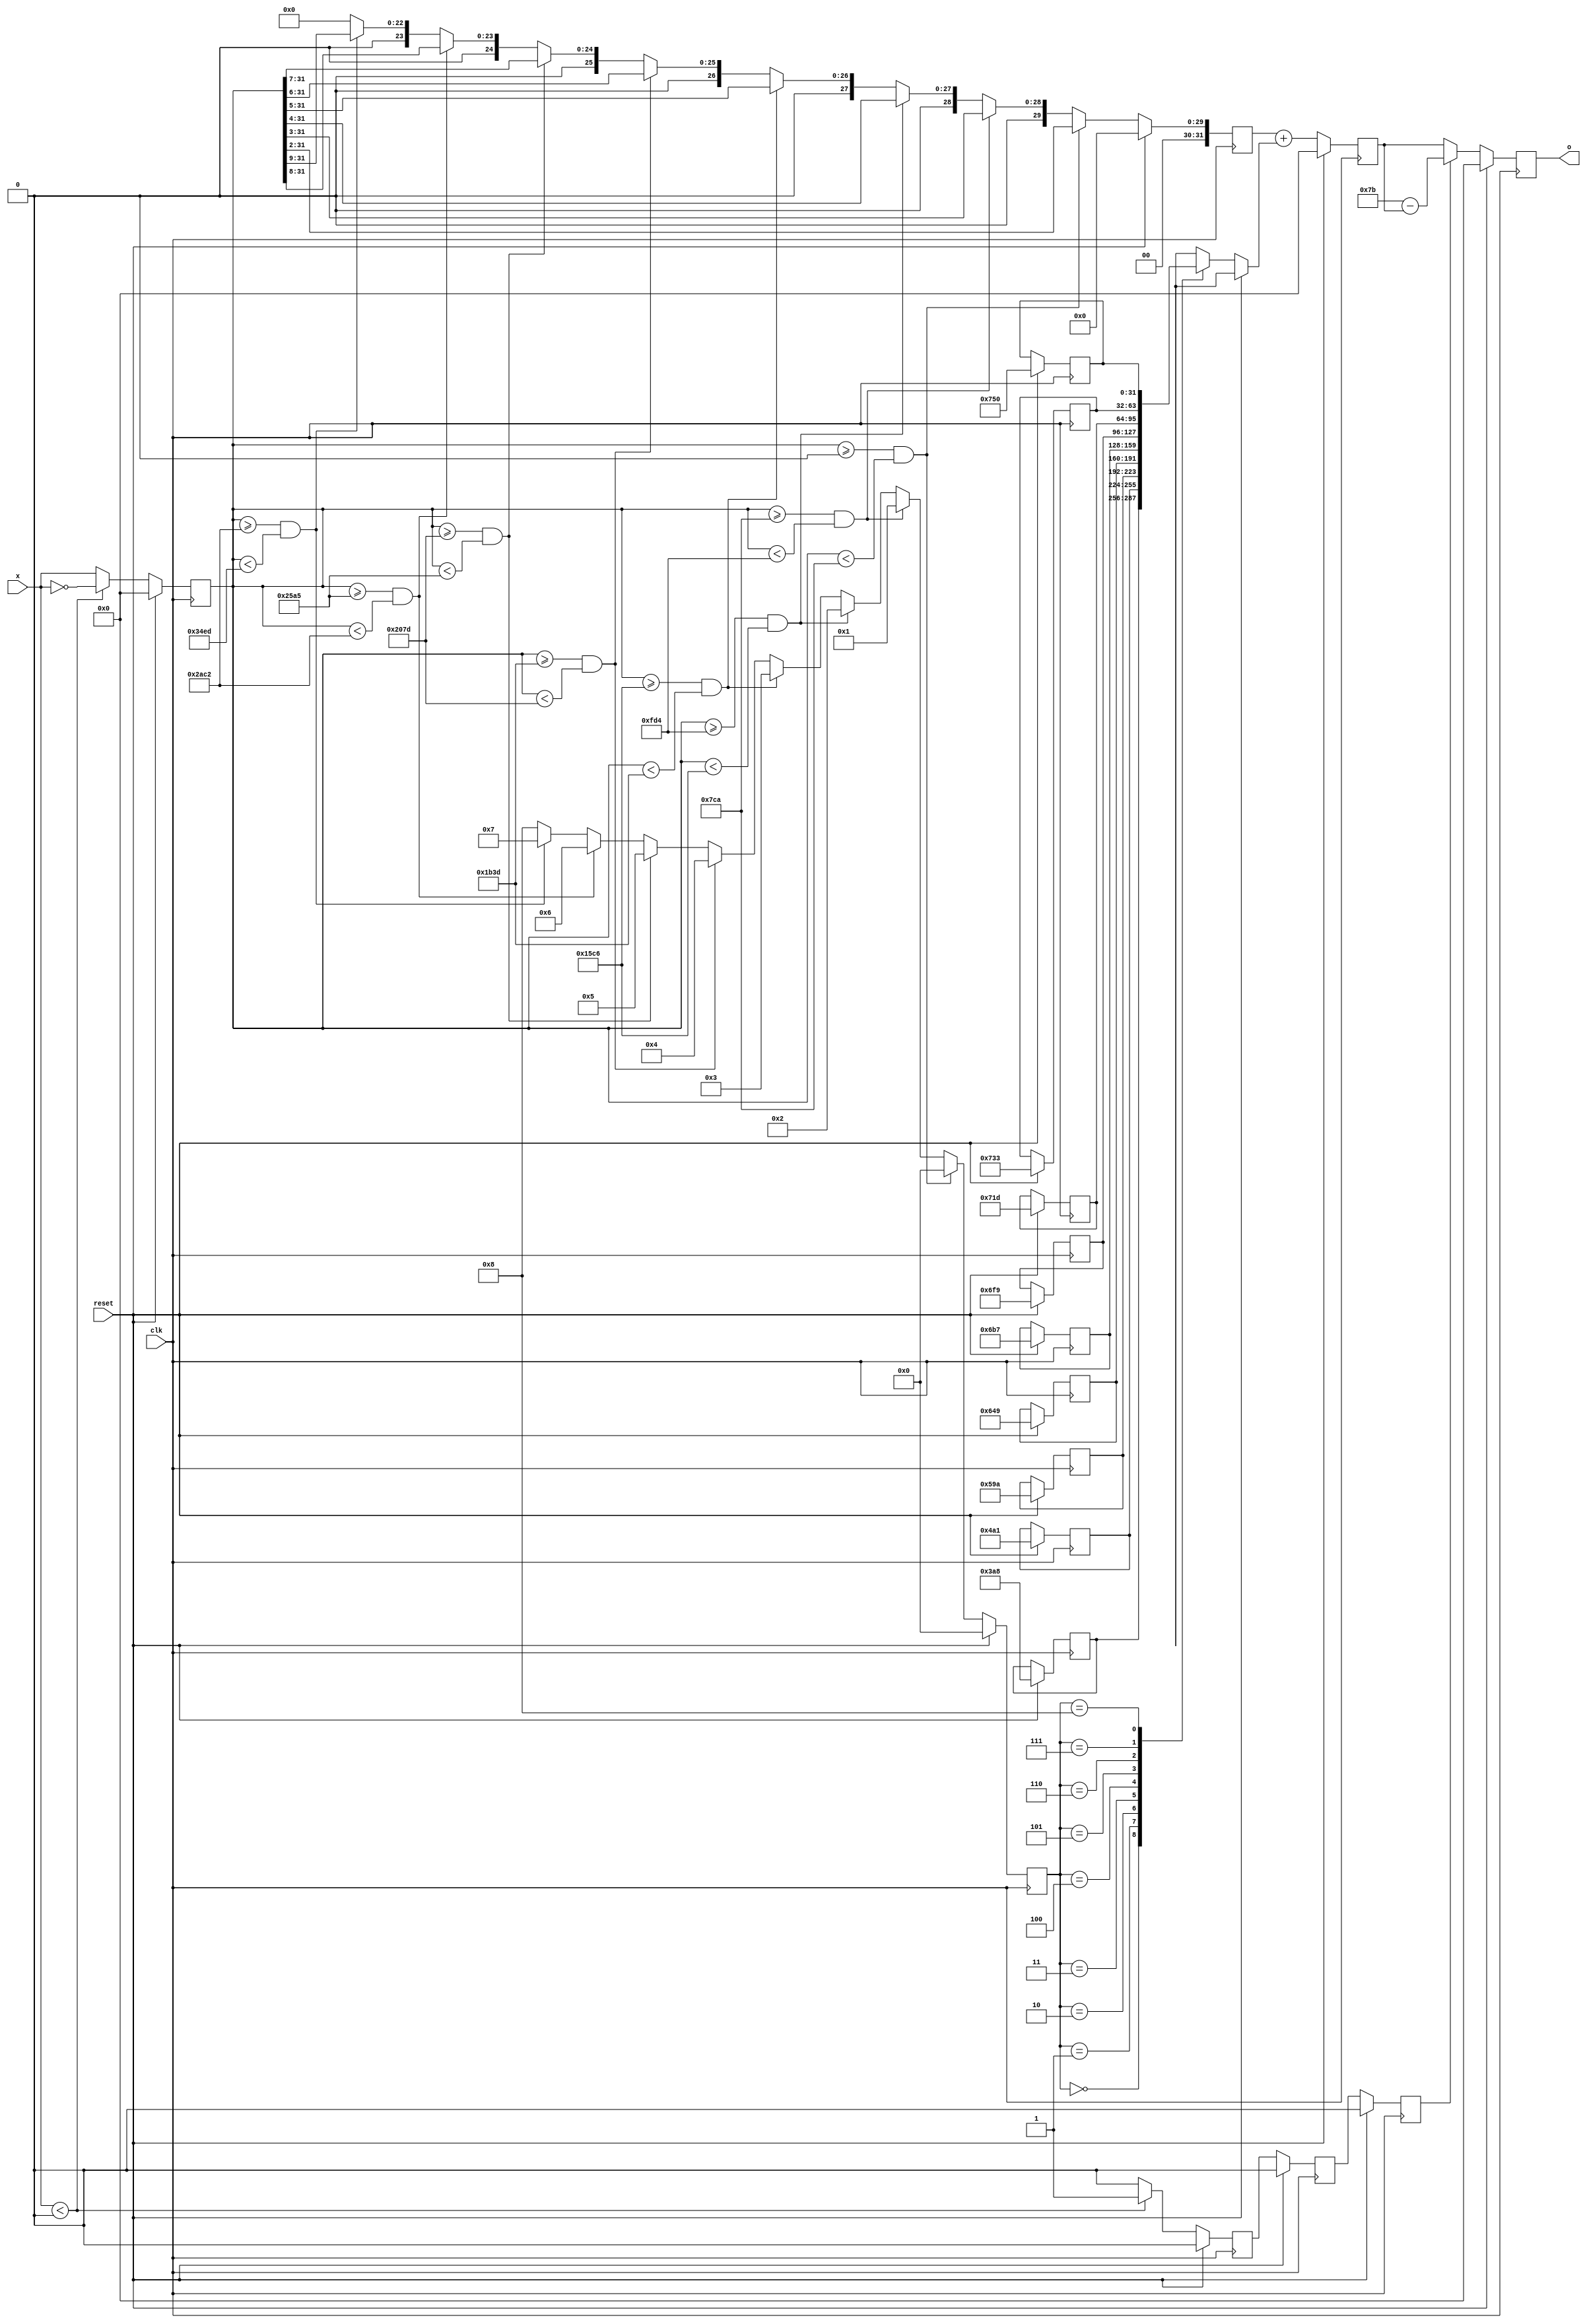
module Sigmoid #(
    parameter sigmoid_max = 123
) (
    // SYSTEM I/O
    input clk,
    input reset,
    input  wire signed [31:0] x,
    output reg [31:0] o
);
// parameter, reg, wire
reg sign, sign1, sign2;
reg [31:0] x1, x2, x3;
reg [3:0] b_index;
reg [31:0] b [0:8];
// Sequential Logic
always @(posedge clk) begin
    if(reset) begin
        sign <= 0;
        sign1 <= 0;
        sign2 <= 0;
        x1 <= 0;
        x2 <= 0;
        x3 <= 0;
        b_index <= 0;
        b[0] <= 32'd936; // 0.5
        b[1] <= 32'd1185; // 0.6328125
        b[2] <= 32'd1434; // 0.765625
        b[3] <= 32'd1609; // 0.859375
        b[4] <= 32'd1719; // 0.91796875
        b[5] <= 32'd1785; // 0.951543
        b[6] <= 32'd1821; // 0.97265625
        b[7] <= 32'd1843; // 0.984375
        b[8] <= 32'd1872; // 1.0
        o <= 0;
    end
    else begin
            if(x<0) begin
                sign <= 1;
                x1 <= ~x;
            end
            else begin
                sign <= 0;
                x1 <= x;
            end
            sign1 <= sign;
            sign2 <= sign1;
            if(x1 >= 0 && x1 < 1994) begin
                x2 <= x1 >> 2; // x2 = mx1, m = 1/4
                b_index <= 0;
            end
            else if(x1 >= 1994 && x1 < 4052) begin
                x2 <= x1 >> 3; // x2 = mx1, m = 1/8
                b_index <= 1;
            end
            else if(x1 >= 4052 && x1 < 5574) begin
                x2 <= x1 >> 4; // x2 = mx1, m = 1/16
                b_index <= 2;
            end
            else if(x1 >= 5574 && x1 < 6973) begin
                x2 <= x1 >> 5; // x2 = mx1, m = 1/32
                b_index <= 3;
            end
            else if(x1 >= 6973 && x1 < 8317) begin
                x2 <= x1 >> 6; // x2 = mx1, m = 1/64
                b_index <= 4;
            end
            else if(x1 >= 8317 && x1 < 9637) begin
                x2 <= x1 >> 7; // x2 = mx1, m = 1/128
                b_index <= 5;
            end
            else if(x1 >= 9637 && x1 < 10946) begin
                x2 <= x1 >> 8; // x2 = mx1, m = 1/256
                b_index <= 6;
            end
            else if(x1 >= 10946 && x1 < 13549) begin
                x2 <= x1 >> 9; // x2 = mx1, m = 1/512
                b_index <= 7;
            end
            else begin
                x2 <= 0; // x2 = mx1, m = 0
                b_index <= 8;
            end
            x3 <= (x2 + b[b_index]);
            if(sign2) o <= (sigmoid_max - x3);
            else o <= x3;
    end
end
endmodule